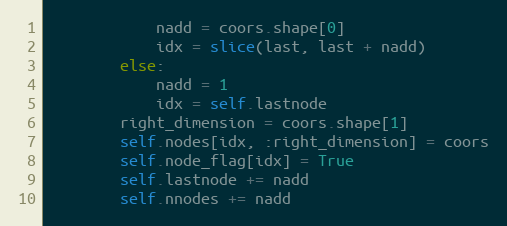
Language: Python
            nadd = coors.shape[0]
            idx = slice(last, last + nadd)
        else:
            nadd = 1
            idx = self.lastnode
        right_dimension = coors.shape[1]
        self.nodes[idx, :right_dimension] = coors
        self.node_flag[idx] = True
        self.lastnode += nadd
        self.nnodes += nadd